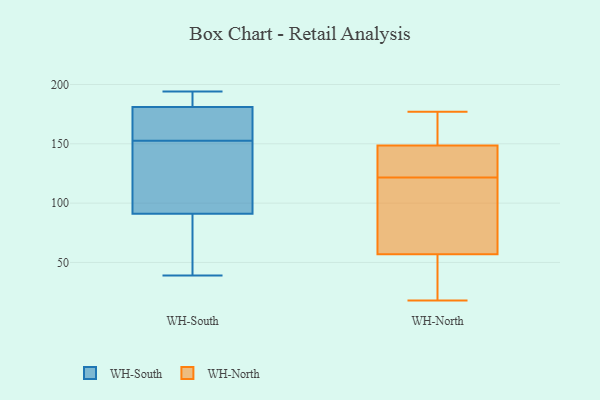
{"axis": {"x": "Production Output", "y": "Value"}, "legend": ["WH-North", "WH-South"], "data": [{"x": "", "y": 114, "type": "WH-South"}, {"x": "", "y": 149, "type": "WH-South"}, {"x": "", "y": 181, "type": "WH-South"}, {"x": "", "y": 156, "type": "WH-South"}, {"x": "", "y": 192, "type": "WH-South"}, {"x": "", "y": 91, "type": "WH-South"}, {"x": "", "y": 194, "type": "WH-South"}, {"x": "", "y": 39, "type": "WH-South"}, {"x": "", "y": 177, "type": "WH-South"}, {"x": "", "y": 88, "type": "WH-South"}, {"x": "", "y": 82, "type": "WH-North"}, {"x": "", "y": 133, "type": "WH-North"}, {"x": "", "y": 18, "type": "WH-North"}, {"x": "", "y": 152, "type": "WH-North"}, {"x": "", "y": 132, "type": "WH-North"}, {"x": "", "y": 29, "type": "WH-North"}, {"x": "", "y": 35, "type": "WH-North"}, {"x": "", "y": 172, "type": "WH-North"}, {"x": "", "y": 86, "type": "WH-North"}, {"x": "", "y": 128, "type": "WH-North"}, {"x": "", "y": 23, "type": "WH-North"}, {"x": "", "y": 177, "type": "WH-North"}, {"x": "", "y": 115, "type": "WH-North"}, {"x": "", "y": 145, "type": "WH-North"}, {"x": "", "y": 79, "type": "WH-North"}, {"x": "", "y": 173, "type": "WH-North"}, {"x": "", "y": 30, "type": "WH-North"}, {"x": "", "y": 91, "type": "WH-North"}, {"x": "", "y": 171, "type": "WH-North"}, {"x": "", "y": 138, "type": "WH-North"}]}